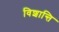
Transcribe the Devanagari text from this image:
विशान्ति